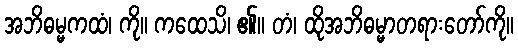
အဘိဓမ္မကထံ၊ ကို။ ကထေသိ၊ ၏။ တံ၊ ထိုအဘိဓမ္မာတရားတော်ကို။